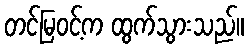
တင်မြဝင့်က ထွက်သွားသည်။